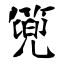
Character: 篼